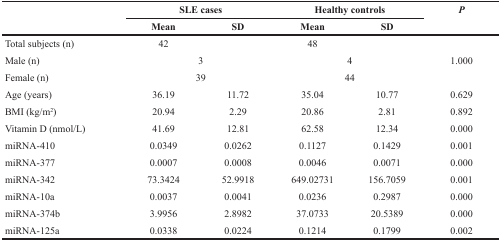
<table><thead><tr><td rowspan="2"></td><td colspan="2"><b>SLE cases</b></td><td colspan="2"><b>Healthy controls</b></td><td rowspan="2"><b><i>P</i></b></td></tr><tr><td><b>Mean</b></td><td><b>SD</b></td><td><b>Mean</b></td><td><b>SD</b></td></tr></thead><tbody><tr><td>Total subjects (n)</td><td>42</td><td></td><td>48</td><td></td><td></td></tr><tr><td>Male (n)</td><td colspan="2">3</td><td colspan="2">4</td><td>1.000</td></tr><tr><td>Female (n)</td><td colspan="2">39</td><td colspan="2">44</td><td></td></tr><tr><td>Age (years)</td><td>36.19</td><td>11.72</td><td>35.04</td><td>10.77</td><td>0.629</td></tr><tr><td>BMI (kg/m<sup>2</sup>)</td><td>20.94</td><td>2.29</td><td>20.86</td><td>2.81</td><td>0.892</td></tr><tr><td>Vitamin D (nmol/L)</td><td>41.69</td><td>12.81</td><td>62.58</td><td>12.34</td><td>0.000</td></tr><tr><td>miRNA-410</td><td>0.0349</td><td>0.0262</td><td>0.1127</td><td>0.1429</td><td>0.001</td></tr><tr><td>miRNA-377</td><td>0.0007</td><td>0.0008</td><td>0.0046</td><td>0.0071</td><td>0.000</td></tr><tr><td>miRNA-342</td><td>73.3424</td><td>52.9918</td><td>649.02731</td><td>156.7059</td><td>0.001</td></tr><tr><td>miRNA-10a</td><td>0.0037</td><td>0.0041</td><td>0.0236</td><td>0.2987</td><td>0.000</td></tr><tr><td>miRNA-374b</td><td>3.9956</td><td>2.8982</td><td>37.0733</td><td>20.5389</td><td>0.000</td></tr><tr><td>miRNA-125a</td><td>0.0338</td><td>0.0224</td><td>0.1214</td><td>0.1799</td><td>0.002</td></tr></tbody></table>